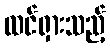
ထင်ရှားသည့်